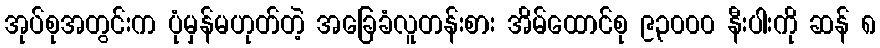
အုပ်စုအတွင်းက ပုံမှန်မဟုတ်တဲ့ အခြေခံလူတန်းစား အိမ်ထောင်စု ၉၃၀၀၀ နီးပါးကို ဆန် ၈